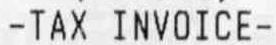
-TAX INVOICE-